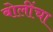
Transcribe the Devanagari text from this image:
बोलींचा